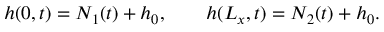
h ( 0 , t ) = N _ { 1 } ( t ) + h _ { 0 } , \qquad h ( L _ { x } , t ) = N _ { 2 } ( t ) + h _ { 0 } .